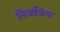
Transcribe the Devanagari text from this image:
निजजिय